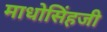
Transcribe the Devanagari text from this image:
माधोसिंहजी